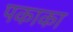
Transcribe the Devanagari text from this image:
पकाका